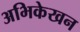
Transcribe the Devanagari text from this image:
अभिकेखन